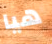
هيا